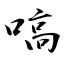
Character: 嗃